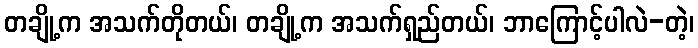
တချို့က အသက်တိုတယ်၊ တချို့က အသက်ရှည်တယ်၊ ဘာကြောင့်ပါလဲ-တဲ့၊